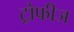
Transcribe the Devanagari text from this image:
ट्रोफीज